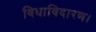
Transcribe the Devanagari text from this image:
विधाविदारण।